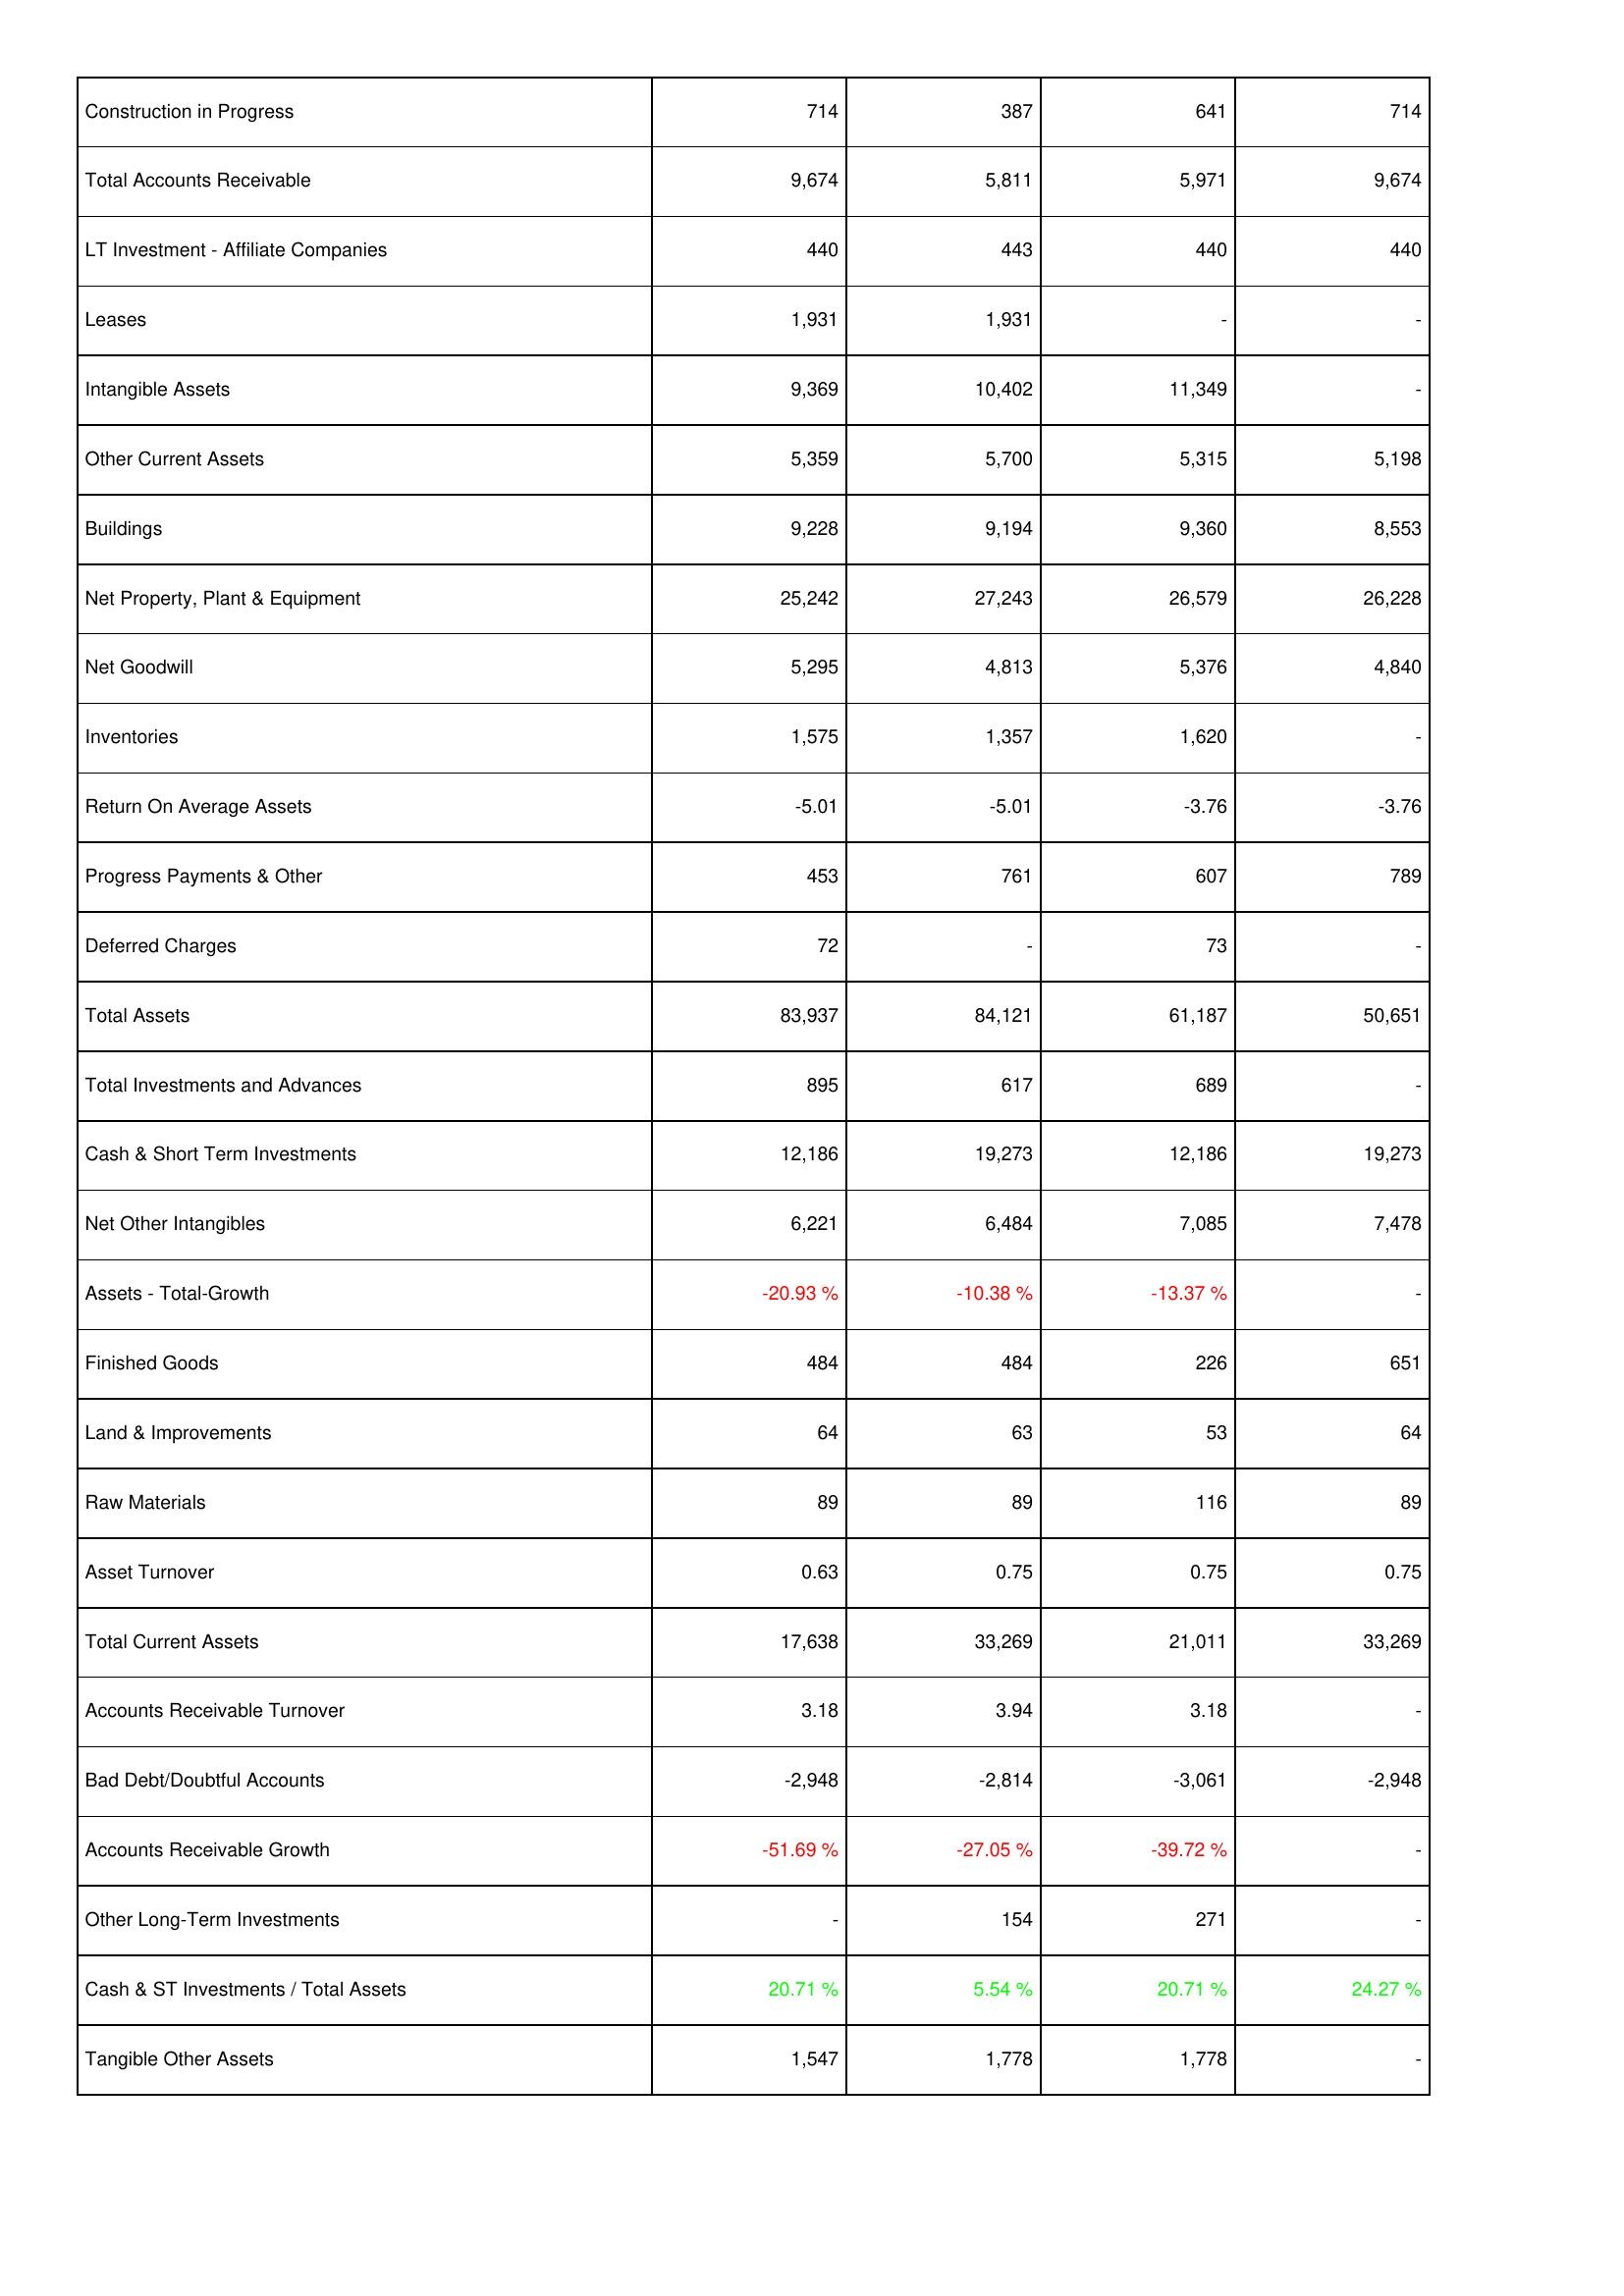
2009: Assets: Construction in Progress: 714
Total Accounts Receivable: 9,674
LT Investment - Affiliate Companies: 440
Leases: 1,931
Intangible Assets: 9,369
Other Current Assets: 5,359
Buildings: 9,228
Net Property, Plant & Equipment: 25,242
Net Goodwill: 5,295
Inventories: 1,575
Return On Average Assets: -5.01
Progress Payments & Other: 453
Deferred Charges: 72
Total Assets: 83,937
Total Investments and Advances: 895
Cash & Short Term Investments: 12,186
Net Other Intangibles: 6,221
Assets - Total-Growth: -20.93 %
Finished Goods: 484
Land & Improvements: 64
Raw Materials: 89
Asset Turnover: 0.63
Total Current Assets: 17,638
Accounts Receivable Turnover: 3.18
Bad Debt/Doubtful Accounts: -2,948
Accounts Receivable Growth: -51.69 %
Other Long-Term Investments: -
Cash & ST Investments / Total Assets: 20.71 %
Tangible Other Assets: 1,547
2008: Assets: Construction in Progress: 387
Total Accounts Receivable: 5,811
LT Investment - Affiliate Companies: 443
Leases: 1,931
Intangible Assets: 10,402
Other Current Assets: 5,700
Buildings: 9,194
Net Property, Plant & Equipment: 27,243
Net Goodwill: 4,813
Inventories: 1,357
Return On Average Assets: -5.01
Progress Payments & Other: 761
Deferred Charges: -
Total Assets: 84,121
Total Investments and Advances: 617
Cash & Short Term Investments: 19,273
Net Other Intangibles: 6,484
Assets - Total-Growth: -10.38 %
Finished Goods: 484
Land & Improvements: 63
Raw Materials: 89
Asset Turnover: 0.75
Total Current Assets: 33,269
Accounts Receivable Turnover: 3.94
Bad Debt/Doubtful Accounts: -2,814
Accounts Receivable Growth: -27.05 %
Other Long-Term Investments: 154
Cash & ST Investments / Total Assets: 5.54 %
Tangible Other Assets: 1,778
2007: Assets: Construction in Progress: 641
Total Accounts Receivable: 5,971
LT Investment - Affiliate Companies: 440
Leases: -
Intangible Assets: 11,349
Other Current Assets: 5,315
Buildings: 9,360
Net Property, Plant & Equipment: 26,579
Net Goodwill: 5,376
Inventories: 1,620
Return On Average Assets: -3.76
Progress Payments & Other: 607
Deferred Charges: 73
Total Assets: 61,187
Total Investments and Advances: 689
Cash & Short Term Investments: 12,186
Net Other Intangibles: 7,085
Assets - Total-Growth: -13.37 %
Finished Goods: 226
Land & Improvements: 53
Raw Materials: 116
Asset Turnover: 0.75
Total Current Assets: 21,011
Accounts Receivable Turnover: 3.18
Bad Debt/Doubtful Accounts: -3,061
Accounts Receivable Growth: -39.72 %
Other Long-Term Investments: 271
Cash & ST Investments / Total Assets: 20.71 %
Tangible Other Assets: 1,778
2006: Assets: Construction in Progress: 714
Total Accounts Receivable: 9,674
LT Investment - Affiliate Companies: 440
Leases: -
Intangible Assets: -
Other Current Assets: 5,198
Buildings: 8,553
Net Property, Plant & Equipment: 26,228
Net Goodwill: 4,840
Inventories: -
Return On Average Assets: -3.76
Progress Payments & Other: 789
Deferred Charges: -
Total Assets: 50,651
Total Investments and Advances: -
Cash & Short Term Investments: 19,273
Net Other Intangibles: 7,478
Assets - Total-Growth: -
Finished Goods: 651
Land & Improvements: 64
Raw Materials: 89
Asset Turnover: 0.75
Total Current Assets: 33,269
Accounts Receivable Turnover: -
Bad Debt/Doubtful Accounts: -2,948
Accounts Receivable Growth: -
Other Long-Term Investments: -
Cash & ST Investments / Total Assets: 24.27 %
Tangible Other Assets: -